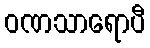
ဝဏသာရောပီ